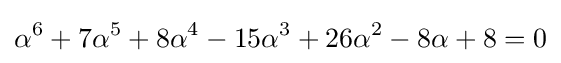
\alpha ^{6}+7\alpha ^{5}+8\alpha ^{4}-15\alpha ^{3}+26\alpha ^{2}-8\alpha +8=0